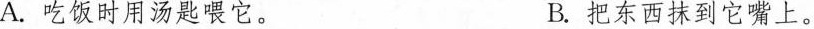
A.吃饭时用汤匙喂它。 B.把东西抹到它嘴上。